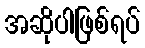
အဆိုပါဖြစ်ရပ်